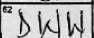
Transcription: DWW